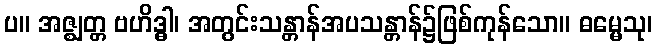
ပ။ အဇ္ဈတ္တ ဗဟိဒ္ဓါ၊ အတွင်းသန္တာန်အပသန္တာန်၌ဖြစ်ကုန်သော။ ဓမ္မေသု၊